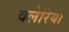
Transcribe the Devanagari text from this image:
वलेरिया